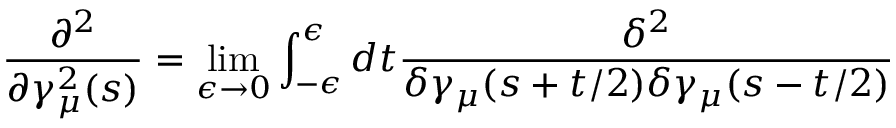
\frac { \partial ^ { 2 } } { \partial \gamma _ { \mu } ^ { 2 } ( s ) } = \operatorname * { l i m } _ { \epsilon \rightarrow 0 } \int _ { - \epsilon } ^ { \epsilon } d t \frac { \delta ^ { 2 } } { \delta \gamma _ { \mu } ( s + t / 2 ) \delta \gamma _ { \mu } ( s - t / 2 ) }